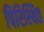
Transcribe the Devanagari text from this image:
पिरिस्थित